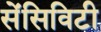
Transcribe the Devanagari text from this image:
सेंसिविटी